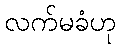
လက်မခံဟု